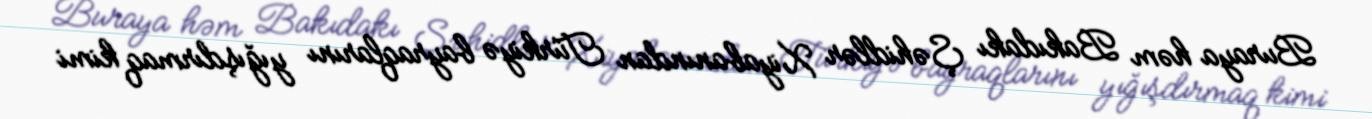
Buraya həm Bakıdakı Şəhidlər Xiyabanından Türkiyə bayraqlarını yığışdırmaq kimi